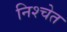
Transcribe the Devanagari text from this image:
निश्चेत